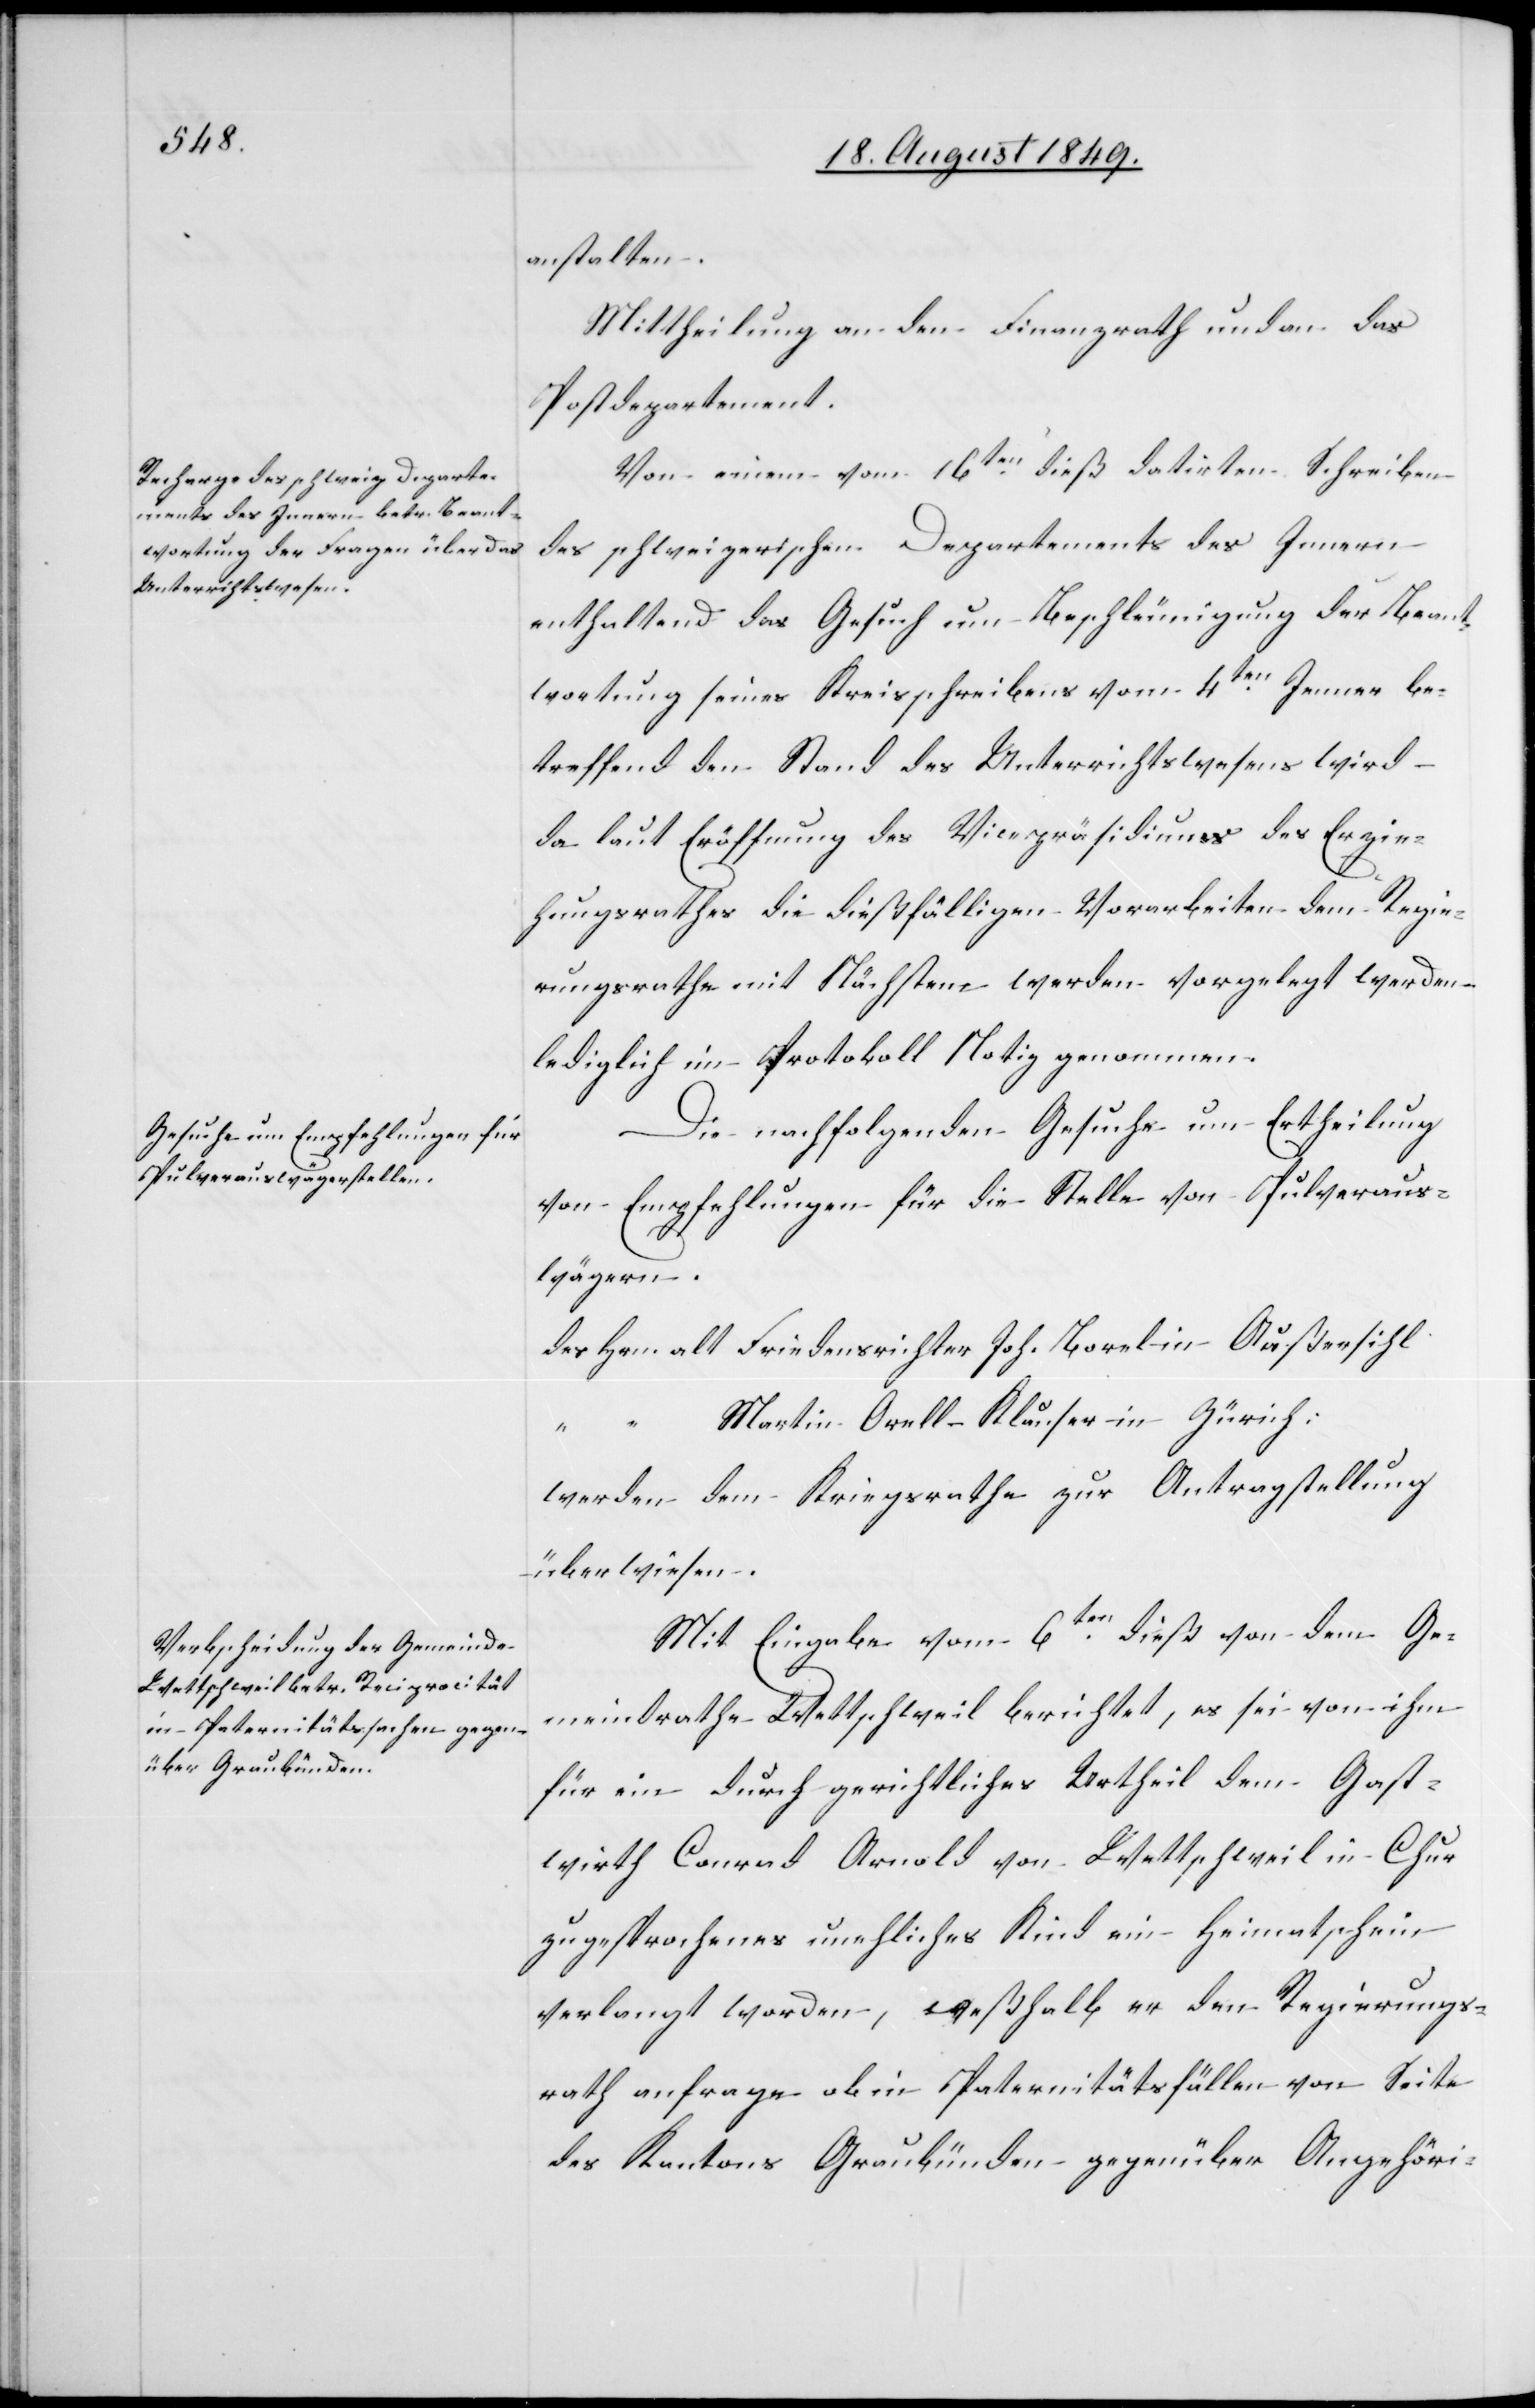
anstalten.
Mittheilung an den Finanzrath und an das
Postdepartement.
Von einem vom 16ten dieß datirten Schreiben
des schweizerischen Departements des Innern
enthaltend das Gesuch um Beschleunigung der Beant¬
wortung seines Kreisschreibens vom 4ten Jenner be¬
treffend den Stand des Unterrichtswesens wird
da laut Eröffnung des Vicepräsidiums des Erzie¬
hungsrathes die dießfälligen Vorarbeiten dem Regie¬
rungsrathe mit Nächsten werden vorgelegt werden
lediglich im Protokoll Notiz genommen.
Die nachfolgenden Gesuche um Ertheilung
von Empfehlungen für die Stelle von Pulveraus¬
wägern.
des Hrn. alt	Friedensrichter Joh. Borel in Außersihl
“	Martin Orell-Klauser in Zürich:
werden dem Kriegsrathe zur Antragstellung
überwiesen.
Mit Eingabe vom 6ten dieß von dem Ge¬
meindrathe Wettschweil berichtet, es sei von ihm
für ein durch gerichtliches Urtheil dem Gast¬
wirth Conrad Arnold von Wettschweil in Chur
zugesprochenes unehliches Kind ein Heimatschein
verlangt worden, weßhalb er den Regierungs¬
rath anfrage ob in Paternitätsfällen von Seite
des Kantons Graubünden gegenüber Angehöri-